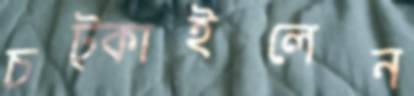
চট্‌কাইলেন